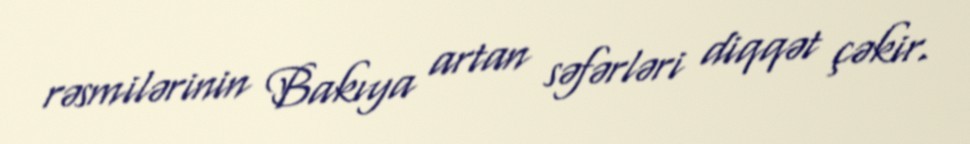
rəsmilərinin Bakıya artan səfərləri diqqət çəkir.